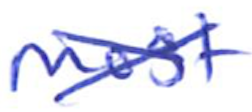
Text: most
Cross-out: cross
Writing tool: ballpoint